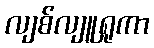
လျစ်လျူရှုကာ